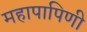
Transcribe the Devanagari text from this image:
महापापिणी